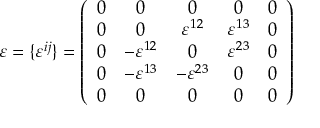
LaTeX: \varepsilon = \{ \varepsilon ^ { i j } \} = \left( \begin{array} { c c c c c } { { 0 } } & { { 0 } } & { { 0 } } & { { 0 } } & { { 0 } } \\ { { 0 } } & { { 0 } } & { { \varepsilon ^ { 1 2 } } } & { { \varepsilon ^ { 1 3 } } } & { { 0 } } \\ { { 0 } } & { { - \varepsilon ^ { 1 2 } } } & { { 0 } } & { { \varepsilon ^ { 2 3 } } } & { { 0 } } \\ { { 0 } } & { { - \varepsilon ^ { 1 3 } } } & { { - \varepsilon ^ { 2 3 } } } & { { 0 } } & { { 0 } } \\ { { 0 } } & { { 0 } } & { { 0 } } & { { 0 } } & { { 0 } } \end{array} \right)